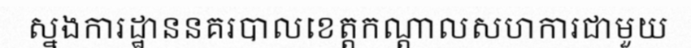
ស្នងការដ្ឋាននគរបាលខេត្តកណ្តាលសហការជាមួយ